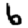
Digit: 6